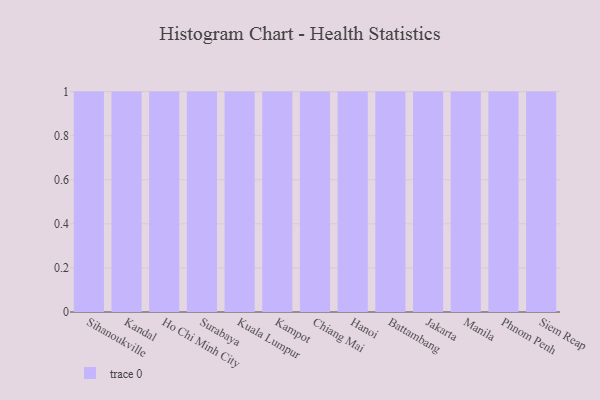
{"axis": {"x": "City", "y": "Operating Costs (USD K)"}, "legend": [""], "data": [{"x": "Sihanoukville", "y": 53, "type": ""}, {"x": "Kandal", "y": 16, "type": ""}, {"x": "Ho Chi Minh City", "y": 83, "type": ""}, {"x": "Surabaya", "y": 40, "type": ""}, {"x": "Kuala Lumpur", "y": 27, "type": ""}, {"x": "Kampot", "y": 84, "type": ""}, {"x": "Chiang Mai", "y": 77, "type": ""}, {"x": "Hanoi", "y": 90, "type": ""}, {"x": "Battambang", "y": 64, "type": ""}, {"x": "Jakarta", "y": 80, "type": ""}, {"x": "Manila", "y": 3, "type": ""}, {"x": "Phnom Penh", "y": 78, "type": ""}, {"x": "Siem Reap", "y": 71, "type": ""}]}